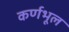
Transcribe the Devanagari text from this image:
कर्णभूल